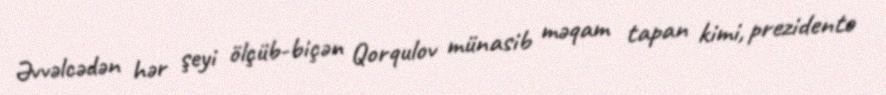
Əvvəlcədən hər şeyi ölçüb-biçən Qorqulov münasib məqam tapan kimi, prezidentə